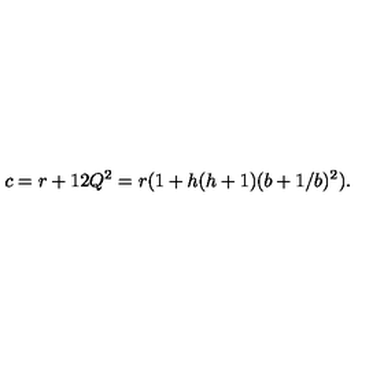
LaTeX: c = r + 1 2 Q ^ { 2 } = r ( 1 + h ( h + 1 ) ( b + 1 / b ) ^ { 2 } ) .